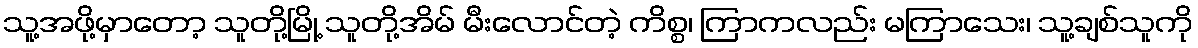
သူ့အဖို့မှာတော့ သူတို့မြို့ သူတို့အိမ် မီးလောင်တဲ့ ကိစ္စ၊ ကြာကလည်း မကြာသေး၊ သူ့ချစ်သူကို